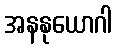
အနနုယောဂါ